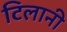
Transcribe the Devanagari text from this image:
टिलानी